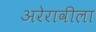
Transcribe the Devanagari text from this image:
अरेरावीला